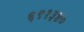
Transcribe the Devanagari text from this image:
६९१३४०